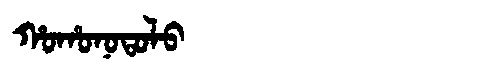
Manchu: ᡥᠣᡥᠣᠨᠣᡨᠣᠯᠣ
Romanization: HOHONOTOLO